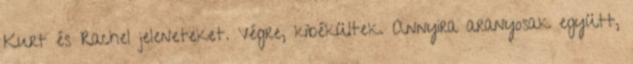
Kurt és Rachel jeleneteket. Végre, kibékültek. Annyira aranyosak együtt,